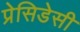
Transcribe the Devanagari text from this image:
प्रेसिडेसी